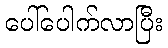
ပေါ်ပေါက်လာပြီး